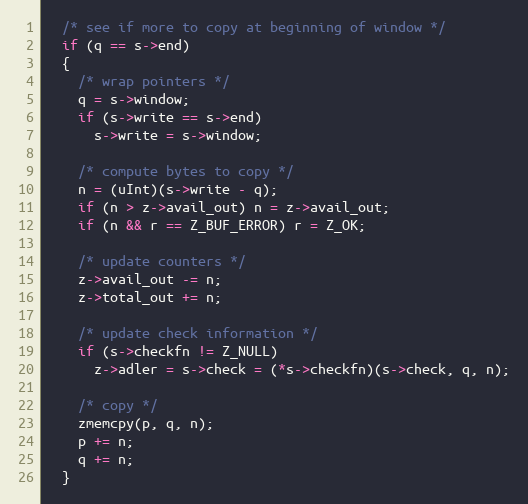
Language: C
  /* see if more to copy at beginning of window */
  if (q == s->end)
  {
    /* wrap pointers */
    q = s->window;
    if (s->write == s->end)
      s->write = s->window;

    /* compute bytes to copy */
    n = (uInt)(s->write - q);
    if (n > z->avail_out) n = z->avail_out;
    if (n && r == Z_BUF_ERROR) r = Z_OK;

    /* update counters */
    z->avail_out -= n;
    z->total_out += n;

    /* update check information */
    if (s->checkfn != Z_NULL)
      z->adler = s->check = (*s->checkfn)(s->check, q, n);

    /* copy */
    zmemcpy(p, q, n);
    p += n;
    q += n;
  }